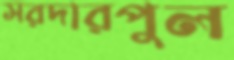
সরদারপুল